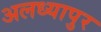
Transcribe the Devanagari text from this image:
अलध्यापुर